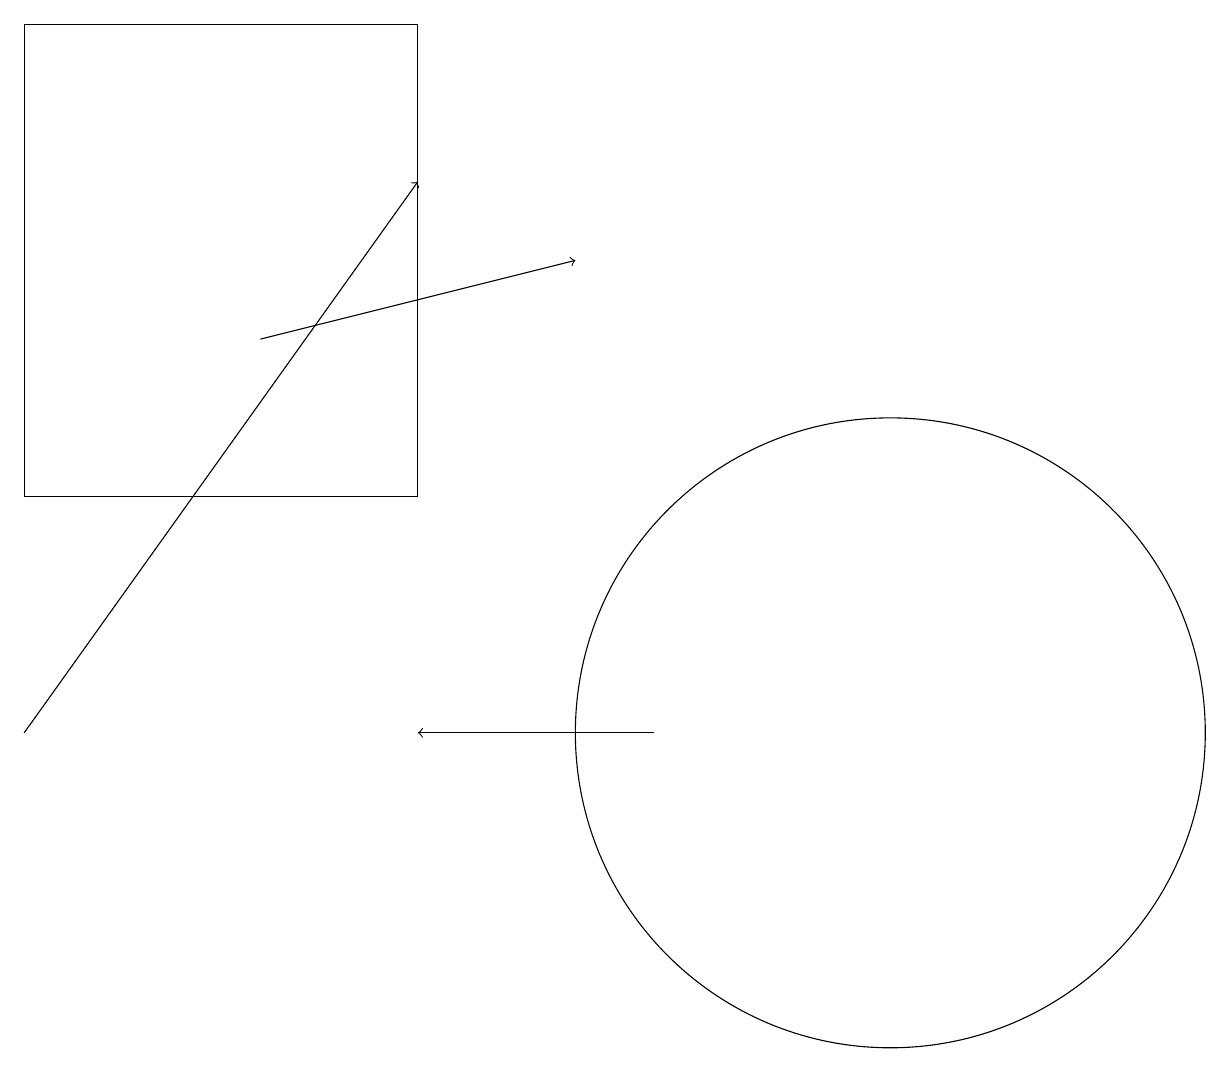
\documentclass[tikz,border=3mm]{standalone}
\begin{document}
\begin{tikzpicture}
\draw (11,10) circle (4);
\draw[->] (3,15) -- (7,16);
\draw[->] (0,10) -- (5,17);
\draw[->] (8,10) -- (5,10);
\draw (5,13) rectangle (0,19);
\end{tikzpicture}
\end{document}